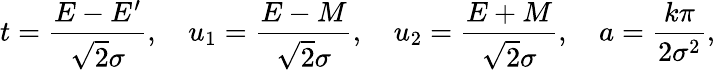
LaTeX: t={\frac{E-E^{\prime}}{{\sqrt{2}}\sigma}},\quad u_{1}={\frac{E-M}{{\sqrt{2}}\sigma}},\quad u_{2}={\frac{E+M}{{\sqrt{2}}\sigma}},\quad a={\frac{k\pi}{2\sigma^{2}}},